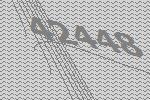
42448